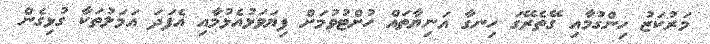
މަރުކަޒު ހިންގުމާއި ގޭތެރޭގަ ހިނގާ އަނިޔާތައް ހުށްޓުވުމަށް ފިޔަވަޅުއެޅުމާއި އެފަދަ ޢަމަލުތަކާ ގުޅިގެން